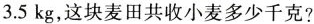
3.5kg，这块麦田共收小麦多少千克?